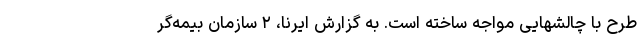
طرح با چالشهایی مواجه ساخته است. به گزارش ایرنا، ۲ سازمان بیمه‌گر